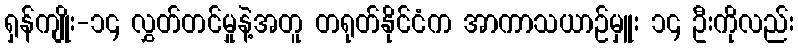
ရှန်ကျိုး-၁၄ လွှတ်တင်မှုနဲ့အတူ တရုတ်နိုင်ငံက အာကာသယာဉ်မှူး ၁၄ ဦးကိုလည်း